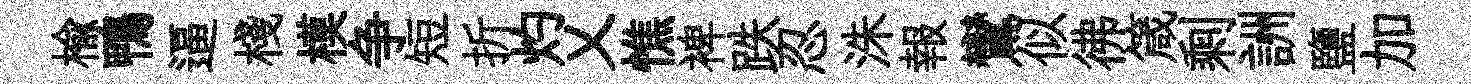
楡鴨逼棧模争短折灼乂憔裨跌忍洙報鸞似彿箴剩詶鹽加